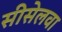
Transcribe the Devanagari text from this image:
सीसेलवा